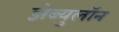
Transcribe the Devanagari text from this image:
झेब्युलॉन